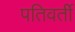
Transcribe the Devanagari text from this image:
पतिवर्ती